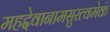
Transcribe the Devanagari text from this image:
महद्देवानामसुरत्वमेकं